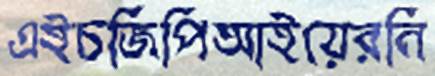
এইচজিপিআইয়েরনি